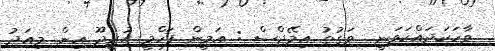
ވާހަކަދައްކަވަނީ  ވަގުތު އިމޭޖްސް : އަމީން ފަހްމީ އުރީދޫ އިން މިއަދު